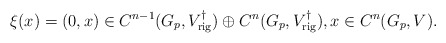
\begin{align*}\xi (x)=(0,x)\in C^{n-1}(G_p,V^{\dagger}_{\mathrm{rig}})\oplus C^n(G_p,V^{\dagger}_{\mathrm{rig}}), x\in C^n(G_p,V).\end{align*}